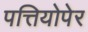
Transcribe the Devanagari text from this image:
पत्तियोपेर